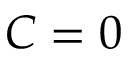
C = 0